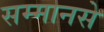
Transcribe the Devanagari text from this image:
सम्मानसे